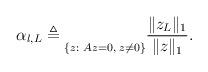
LaTeX: \begin{align*} \alpha_{l,L} \triangleq \underset{\{z:\; Az=0,\;z\neq 0\}}{} \frac{\|z_L \|_{1}}{\|z\|_{1}}.\end{align*}